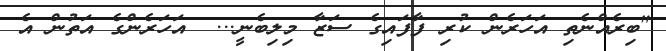
"ބިރެއްނެތި އަހަރެން ކުރި ފާފައިގެ ސަޒާ މިލިބެނީ...  އަހަރެންގެ އަތުން އެ